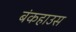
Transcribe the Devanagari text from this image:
बंकहाउस